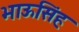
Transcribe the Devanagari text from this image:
भाऊसिंह